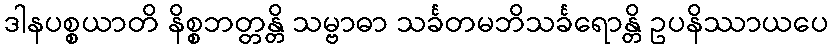
ဒါနပစ္စယာတိ နိစ္စဘတ္တန္တိ သမ္ဗာဓာ သင်္ခတမဘိသင်္ခရောန္တိ ဥပနိဿာယပေ